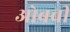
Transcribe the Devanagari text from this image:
ओबची